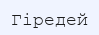
Гіредей